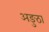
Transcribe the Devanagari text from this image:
अङुठा